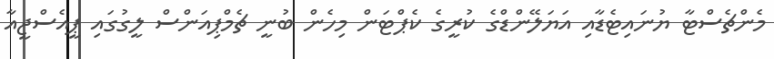
މެންޗެސްޓާ ޔުނައިޓެޑާއި އަޔަލޭންޑްގެ ކުރީގެ ކެޕްޓަން މިހެން ބުނީ ޗެމްޕިއަންސް ލީގުގައި ޕީއެސްޖީއާ